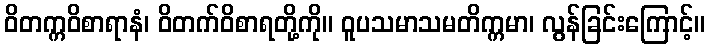
ဝိတက္ကဝိစာရာနံ၊ ဝိတက်ဝိစာရတို့ကို။ ဝူပသမာသမတိက္ကမာ၊ လွန်ခြင်းကြောင့်။